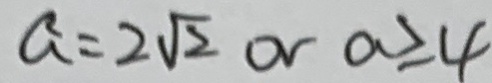
a = 2 \sqrt { 2 } o r a \geq 4